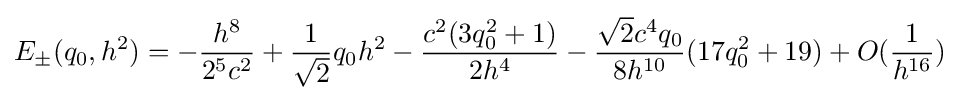
E_{\pm }(q_{0},h^{2})=-{\frac {h^{8}}{2^{5}c^{2}}}+{\frac {1}{\sqrt {2}}}q_{0}h^{2}-{\frac {c^{2}(3q_{0}^{2}+1)}{2h^{4}}}-{\frac {{\sqrt {2}}c^{4}q_{0}}{8h^{10}}}(17q_{0}^{2}+19)+O({\frac {1}{h^{16}}})